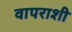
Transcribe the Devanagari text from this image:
वापराशी